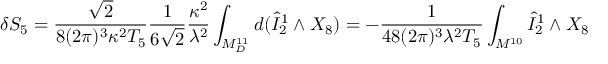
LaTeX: \delta S _ { 5 } = \frac { \sqrt { 2 } } { 8 ( 2 \pi ) ^ { 3 } \kappa ^ { 2 } T _ { 5 } } \frac { 1 } { 6 \sqrt { 2 } } \frac { \kappa ^ { 2 } } { \lambda ^ { 2 } } \int _ { M _ { D } ^ { 1 1 } } d ( \hat { I } _ { 2 } ^ { 1 } \wedge X _ { 8 } ) = - \frac { 1 } { 4 8 ( 2 \pi ) ^ { 3 } \lambda ^ { 2 } T _ { 5 } } \int _ { M ^ { 1 0 } } \hat { I } _ { 2 } ^ { 1 } \wedge X _ { 8 }